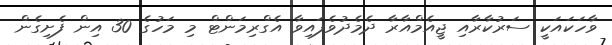
ވާހަކައަކީ ސަރުކާރާއި ޖީއެމްއާރާ ދެމެދުވެފައިވާ އެގްރިމަންޓް މި މަހުގެ 30 އިން ފެށިގެން